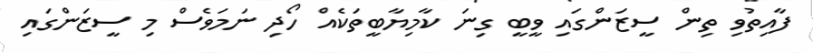
ފާއިތުވި ތިން ސީޒަންގައި ވީބީ ގިނަ ކާމިޔާބީތަކެއް ހޯދި ނަމަވެސް މި ސީޒަންގައި